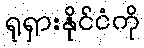
ရုရှားနိုင်ငံကို